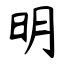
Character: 明